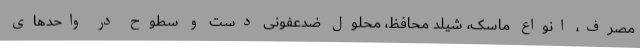
مصرف، انواع ماسک، شیلد محافظ، محلول ضدعفونی دست و سطوح در واحدهای